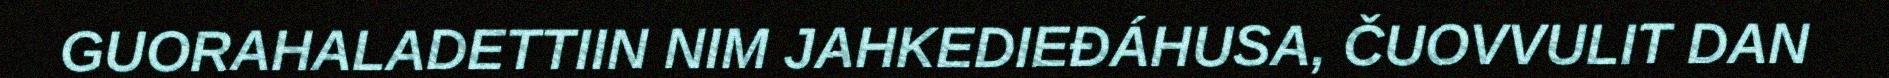
GUORAHALADETTIIN NIM JAHKEDIEĐÁHUSA, ČUOVVULIT DAN